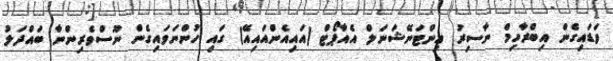
ވަޑައިގެން އިބްރާހިމް ނާސިރު އިންޓަނޭޝަނަލް އެއާޕޯޓް (އައިއެންއައިއޭ) ގައި ހުންނަވައިގެން ނޫސްވެރިންނާ ބައްދަލު